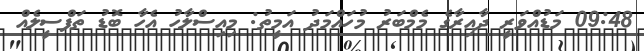
09:48 މަޑުއްވަރީ ދާއިރާގެ މެމްބަރު މުހައްމަދު އަމީތު: މިއިސްލާހު އެހާ ބޮޑު ތަފްސީލެއް